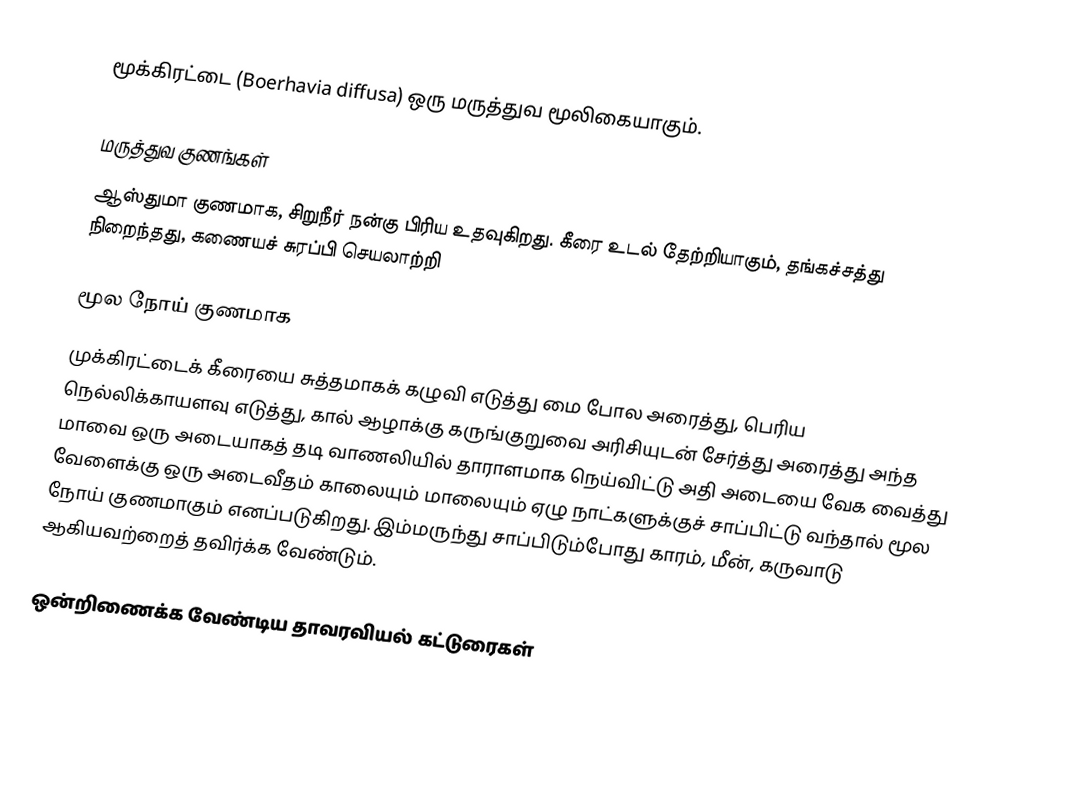
மூக்கிரட்டை (Boerhavia diffusa) ஒரு மருத்துவ மூலிகையாகும்.

மருத்துவ குணங்கள்
ஆஸ்துமா குணமாக, சிறுநீர் நன்கு பிரிய உதவுகிறது. கீரை உடல் தேற்றியாகும், தங்கச்சத்து நிறைந்தது, கணையச் சுரப்பி செயலாற்றி

மூல நோய் குணமாக
முக்கிரட்டைக் கீரையை சுத்தமாகக் கழுவி எடுத்து மை போல அரைத்து, பெரிய நெல்லிக்காயளவு எடுத்து, கால் ஆழாக்கு கருங்குறுவை அரிசியுடன் சேர்த்து அரைத்து அந்த மாவை ஒரு அடையாகத் தடி வாணலியில் தாராளமாக நெய்விட்டு அதி அடையை வேக வைத்து வேளைக்கு ஒரு அடைவீதம் காலையும் மாலையும் ஏழு நாட்களுக்குச் சாப்பிட்டு வந்தால் மூல நோய் குணமாகும் எனப்படுகிறது. இம்மருந்து சாப்பிடும்போது காரம், மீன், கருவாடு ஆகியவற்றைத் தவிர்க்க வேண்டும்.

ஒன்றிணைக்க வேண்டிய தாவரவியல் கட்டுரைகள்